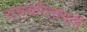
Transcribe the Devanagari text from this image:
रामचरितावती